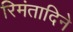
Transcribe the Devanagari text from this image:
रिमंतादिने